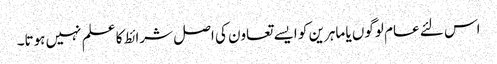
اس لئے عام لوگوں یا ماہرین کو ایسے تعاون کی اصل شرائط کا علم نہیں ہوتا۔